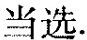
当选.